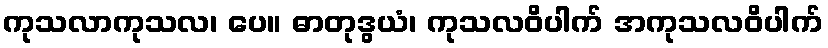
ကုသလာကုသလ၊ ပေ။ ဓာတုဒွယံ၊ ကုသလဝိပါက် အကုသလဝိပါက်